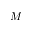
M